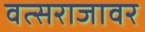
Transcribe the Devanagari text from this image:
वत्सराजावर